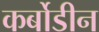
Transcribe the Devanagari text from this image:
कर्बोडीन